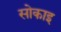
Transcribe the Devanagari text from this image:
सोकाइ